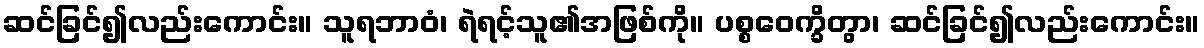
ဆင်ခြင်၍လည်းကောင်း။ သူရဘာဝံ၊ ရဲရင့်သူ၏အဖြစ်ကို။ ပစ္စဝေက္ခိတွာ၊ ဆင်ခြင်၍လည်းကောင်း။